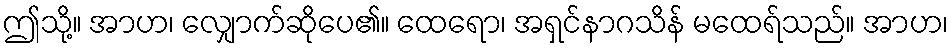
ဤသို့။ အာဟ၊ လျှောက်ဆိုပေ၏။ ထေရော၊ အရှင်နာဂသိန် မထေရ်သည်။ အာဟ၊